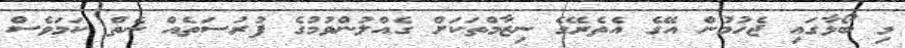
މި ބޯޅާގައި ޖެހުމުން އޭގެ އެތެރޭގެ ނިޒާމްތަކަށް ގެއްލުންވުމުގެ ފުރުސަތެއް ނެތް ކަމަވެސް